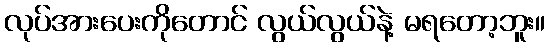
လုပ်အားပေးကိုတောင် လွယ်လွယ်နဲ့ မရတော့ဘူး။